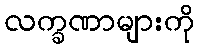
လက္ခဏာများကို